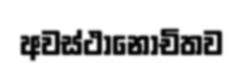
අවස්ථානෝචිතව